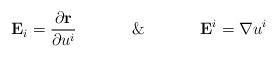
LaTeX: \begin{align*}\mathbf{E}_{i}=\frac{\partial\mathbf{r}}{\partial u^{i}}\,\,\,\,\,\,\,\,\,\,\,\,\,\,\,\,\,\,\,\,\&\,\,\,\,\,\,\,\,\,\,\,\,\,\,\,\,\,\,\,\,\mathbf{E}^{i}=\nabla u^{i}\end{align*}